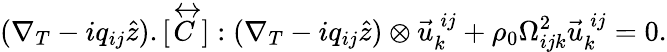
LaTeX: (\nabla_{T}-iq_{ij}\hat{z}).[\stackrel{\leftrightarrow}{C}]:(\nabla_{T}-iq_{ij}\hat{z})\otimes\vec{u}_{k}^{\: ij}+\rho_{0}{\Omega_{ijk}^{2}}\vec{u}_{k}^{\: ij}=0.